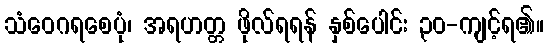
သံဝေဂရစေပုံ၊ အရဟတ္တ ဖိုလ်ရရန် နှစ်ပေါင်း ၃၀-ကျင့်ရ၏။